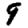
Digit: 9